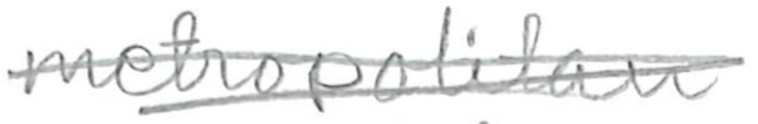
Text: metropolitan
Cross-out: mix
Writing tool: pencil